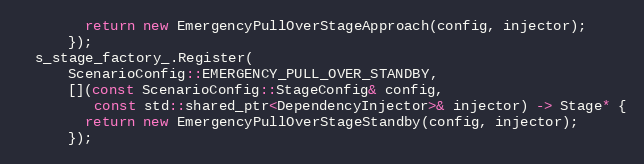
Language: C++
        return new EmergencyPullOverStageApproach(config, injector);
      });
  s_stage_factory_.Register(
      ScenarioConfig::EMERGENCY_PULL_OVER_STANDBY,
      [](const ScenarioConfig::StageConfig& config,
         const std::shared_ptr<DependencyInjector>& injector) -> Stage* {
        return new EmergencyPullOverStageStandby(config, injector);
      });